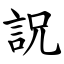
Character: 詋